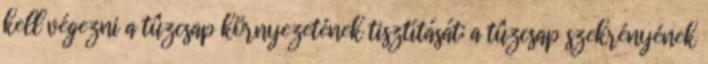
kell végezni a tûzcsap környezetének tisztítását; a tûzcsap szekrényének